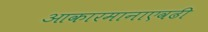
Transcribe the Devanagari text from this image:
आकारमानाएवढी